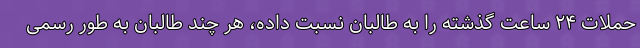
حملات ۲۴ ساعت گذشته را به طالبان نسبت داده، هر چند طالبان به طور رسمی